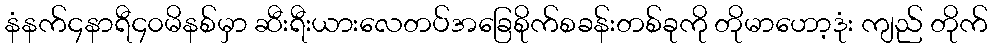
နံနက်၄နာရီ၄၀မိနစ်မှာ ဆီးရီးယားလေတပ်အခြေစိုက်စခန်းတစ်ခုကို တိုမာဟော့ဒုံး ကျည် တိုက်